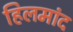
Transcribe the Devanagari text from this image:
हिलमांद